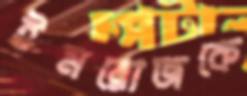
ইমরোজকে